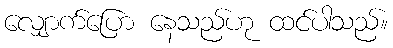
လျှောက်ပြော နေသည်ဟု ထင်ပါသည်။